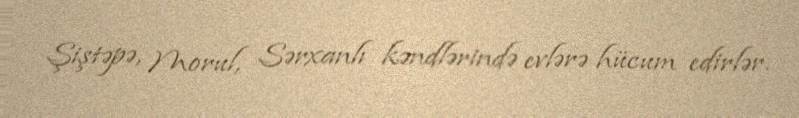
Şiştəpə, Morul, Sərxanlı kəndlərində evlərə hücum edirlər.